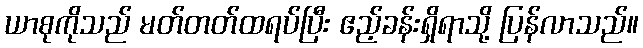
ယာစုကိုသည် မတ်တတ်ထရပ်ပြီး ဧည့်ခန်းရှိရာသို့ ပြန်လာသည်။